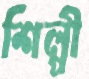
শিল্পী